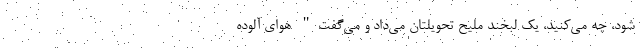
شود، چه می‌کنید، یک لبخند ملیح تحویلتان می‌داد و می‌گفت" هوای آلوده